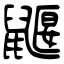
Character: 鼴